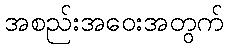
အစည်းအဝေးအတွက်